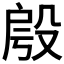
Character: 𣪔